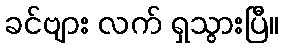
ခင်ဗျား လက် ရှသွားပြီ။